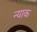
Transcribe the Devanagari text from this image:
न्याक